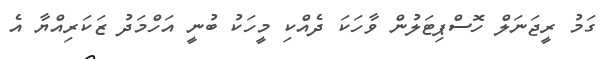
ގަމު ރީޖަނަލް ހޮސްޕިޓަލުން ވާހަކަ ދެއްކި މީހަކު ބުނީ އަހްމަދު ޒަކަރިއްޔާ އެ